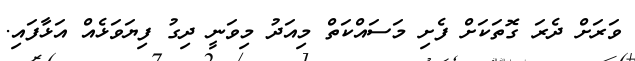
ވަރަށް ދެރަ ގޮތަކަށް ފެށި މަސައްކަތް މިއަދު މިވަނީ ދިގު ފިޔަވަޅެއް އަޅާފައި.